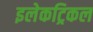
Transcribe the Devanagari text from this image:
इलेकट्रिकल